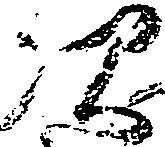
次